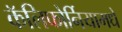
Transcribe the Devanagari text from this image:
कॅलिफोर्नियामधे